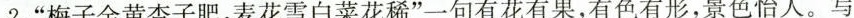
2.”梅子金黄杏子肥，麦花雪白菜花稀”一句有花有果，有色有形，景色怡人。写